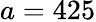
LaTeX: a=425